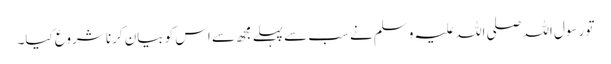
تو رسول اللہ صلی اللہ علیہ وسلم نے سب سےپہلے مجھ سے اس کو بیان کرنا شروع کیا۔